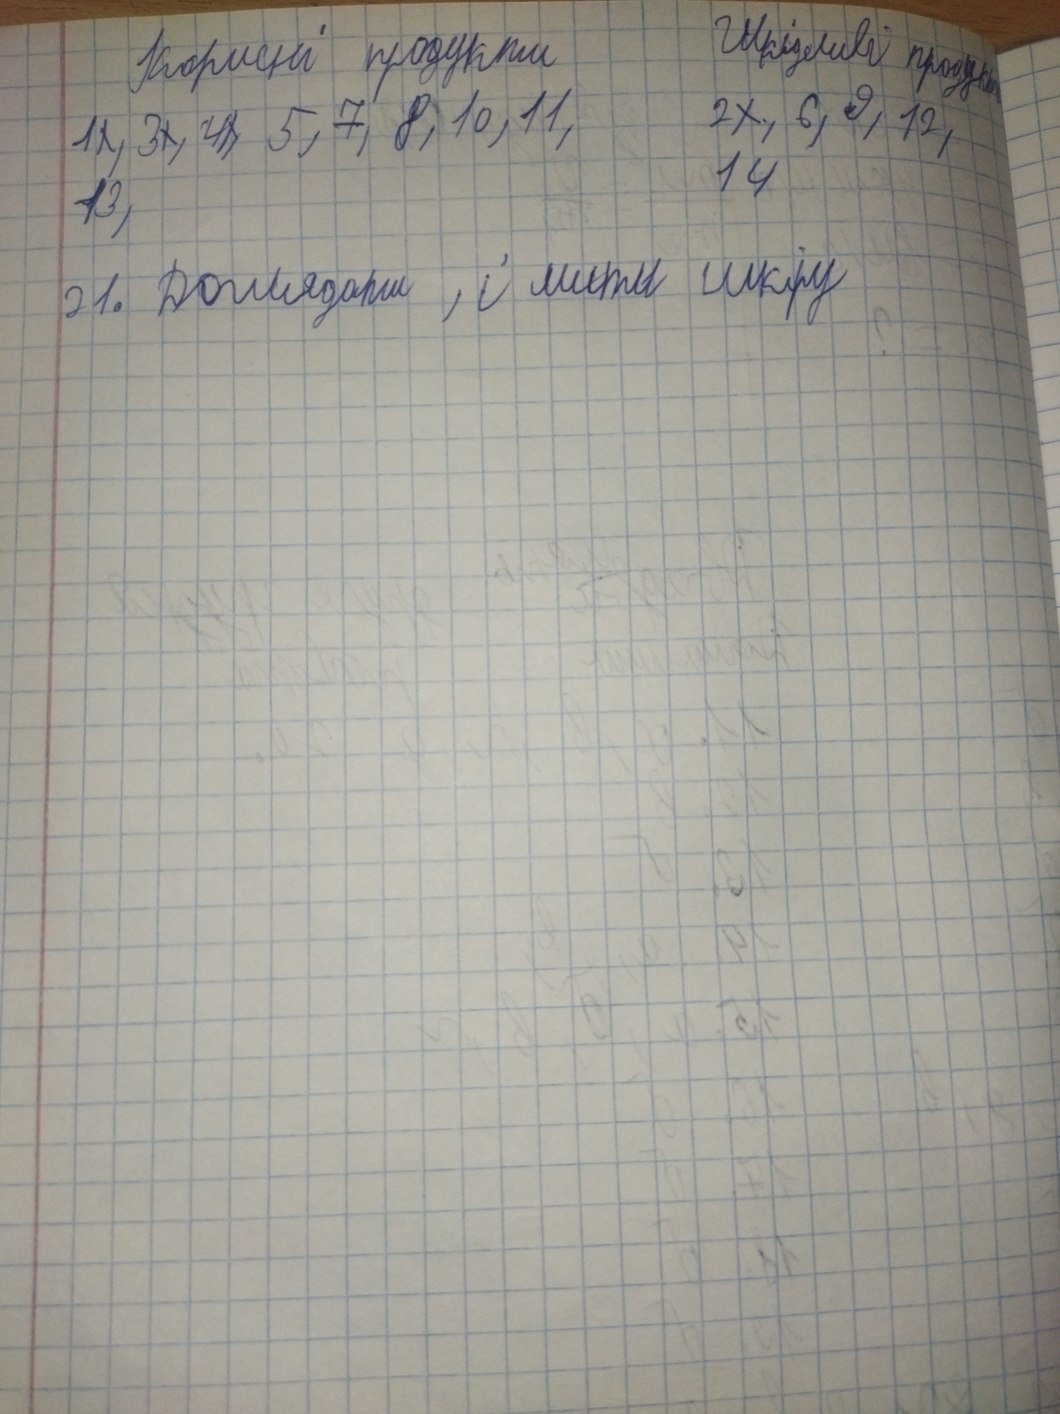
Корисні продукти Шкідливі продукти
1х, 3х, 4х, 5, 7, 8, 10,11,   2х, 6, 9, 12,
13, 14
21. Доглядати, і мити шкіру